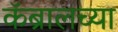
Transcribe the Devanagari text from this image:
कॅब्रालच्या